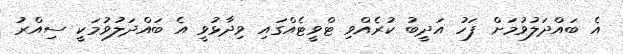
އެ ބައްދަލުވުމަށް ފަހު އަދީބު ކުރެއްވި ޓްވީޓެއްގައި ވިދާޅުވީ އެ ބައްދަލުވުމަކީ ސިއްރު